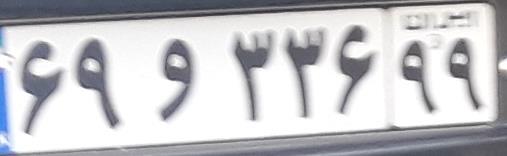
۶۹و۳۳۶۹۹